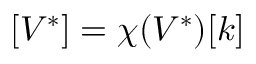
[ V ^ { * } ] = \chi ( V ^ { * } ) [ k ]